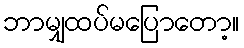
ဘာမျှထပ်မပြောတော့။